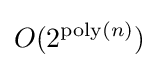
O(2^{{\text{poly}}(n)})